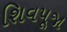
શિવપૂજા